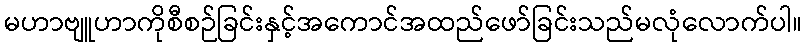
မဟာဗျူဟာကိုစီစဉ်ခြင်းနှင့်အကောင်အထည်ဖော်ခြင်းသည်မလုံလောက်ပါ။